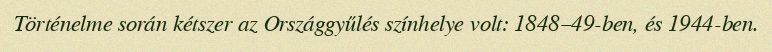
Történelme során kétszer az Országgyűlés színhelye volt: 1848–49-ben, és 1944-ben.